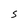
Character: S